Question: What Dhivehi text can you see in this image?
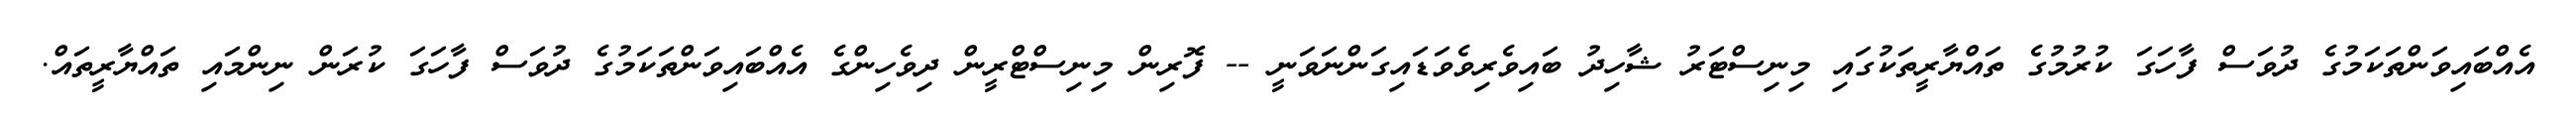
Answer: އެއްބައިވަންތަކަމުގެ ދުވަސް ފާހަގަ ކުރުމުގެ ތައްޔާރީތަކުގައި މިނިސްޓަރު ޝާހިދު ބައިވެރިވެވަޑައިގަންނަވަނީ -- ފޮރިން މިނިސްޓްރީން ދިވެހިންގެ އެއްބައިވަންތަކަމުގެ ދުވަސް ފާހަގަ ކުރަން ނިންމައި ތައްޔާރީތައް.